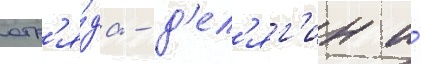
отр'я́да - д'ел'яг'ин и́